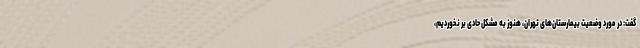
گفت: در مورد وضعیت بیمارستان‌های تهران، هنوز به مشکل حادی بر نخوردیم،